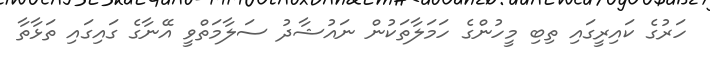
ހަރުގެ ކައިރީގައި ތިބި މީހުންގެ ހަމަލާތަކުން ނައުޝާދު ސަލާމަތްވީ އޭނާގެ ގައިގައި ތަޅާތާ